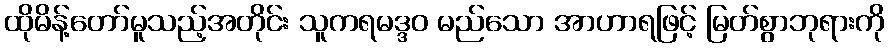
ထိုမိန့်တော်မူသည့်အတိုင်း သူကရမဒ္ဒဝ မည်သော အာဟာရဖြင့် မြတ်စွာဘုရားကို